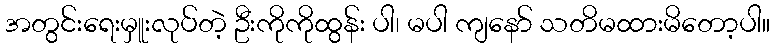
အတွင်းရေးမှူးလုပ်တဲ့ ဦးကိုကိုထွန်း ပါ၊ မပါ ကျနော် သတိမထားမိတော့ပါ။